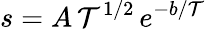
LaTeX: s=A\, \mathcal{T}^{1/2}\, e^{-b/\mathcal{T}}